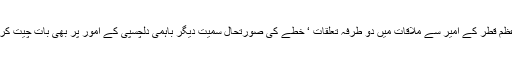
وزیر اعظم قطر کے امیر سے ملاقات میں دو طرفہ تعلقات ‘ خطے کی صورتحال سمیت دیگر باہمی دلچسپی کے امور پر بھی بات چیت کریں گے۔